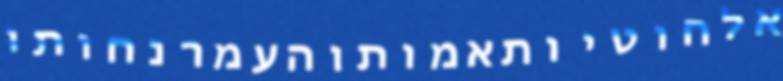
אלחוטיותאמותוהעמרנחותו